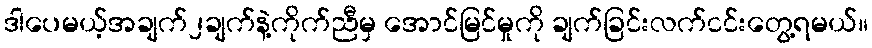
ဒါပေမယ့်အချက်၂ချက်နဲ့ကိုက်ညီမှ အောင်မြင်မှုကို ချက်ခြင်းလက်ငင်းတွေ့ရမယ်။